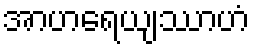
အာဟရေယျဿာဟံ